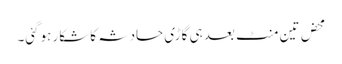
محض تین منٹ بعد ہی گاڑی حادثہ کا شکار ہوگئی۔